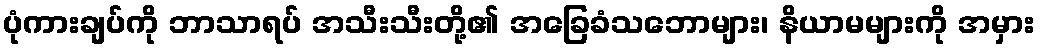
ပုံကားချပ်ကို ဘာသာရပ် အသီးသီးတို့၏ အခြေခံသဘောများ၊ နိယာမများကို အမှား